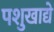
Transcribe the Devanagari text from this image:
पशुखाद्ये